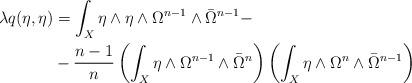
LaTeX: \begin{align*}\begin{aligned} \lambda q(\eta,\eta) &= \int_X \eta\wedge\eta \wedge \Omega^{n-1} \wedge \bar \Omega^{n-1} -\\ &-\frac {n-1}{n}\left(\int_X \eta \wedge \Omega^{n-1}\wedge \bar \Omega^{n}\right) \left(\int_X \eta \wedge \Omega^{n}\wedge \bar \Omega^{n-1}\right)\end{aligned}\end{align*}